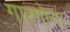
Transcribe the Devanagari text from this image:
गारगोना